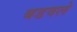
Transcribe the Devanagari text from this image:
बडवले